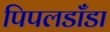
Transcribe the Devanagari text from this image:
पिपलडाँडा